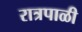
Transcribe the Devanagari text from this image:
रात्रपाळी